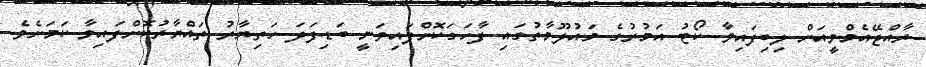
ރާއްޖޭއެމްވީއަށް ލިބިފައިވާ ކޯޓު އަމުރުގެ މައުލޫމާތުގައި ފާހަގަކޮށްފައިވަނީ ބަޑިފަދަ ހަތިޔާރު ތައްޔާރުކޮށްފައިވާ ކަމަށެވެ.